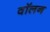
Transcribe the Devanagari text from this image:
वॉलन